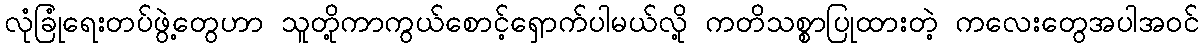
လုံခြုံရေးတပ်ဖွဲ့တွေဟာ သူတို့ကာကွယ်စောင့်ရှောက်ပါမယ်လို့ ကတိသစ္စာပြုထားတဲ့ ကလေးတွေအပါအဝင်